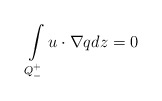
\begin{align*} \int\limits_{Q_-^+}u\cdot\nabla q dz=0\end{align*}